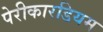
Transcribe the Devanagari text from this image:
पेरीकारडियम